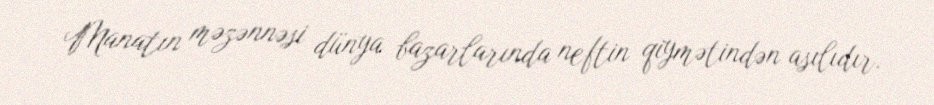
Manatın məzənnəsi dünya bazarlarında neftin qiymətindən asılıdır.